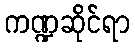
ကဏ္ဍဆိုင်ရာ